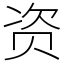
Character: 资